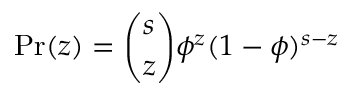
\mathrm { P r } ( z ) = \binom { s } { z } \phi ^ { z } ( 1 - \phi ) ^ { s - z }